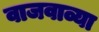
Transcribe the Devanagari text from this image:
वाजवाव्या